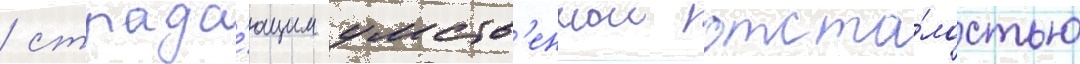
/ страда́ющим умств'еннои отста́лостью